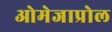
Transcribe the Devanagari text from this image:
ओमेजाप्रोल